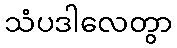
သံပဒါလေတွာ